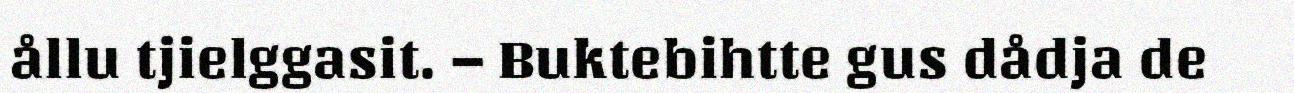
ållu tjielggasit. – Buktebihtte gus dådja de